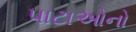
પાટાઓનો